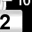
Digit: 2